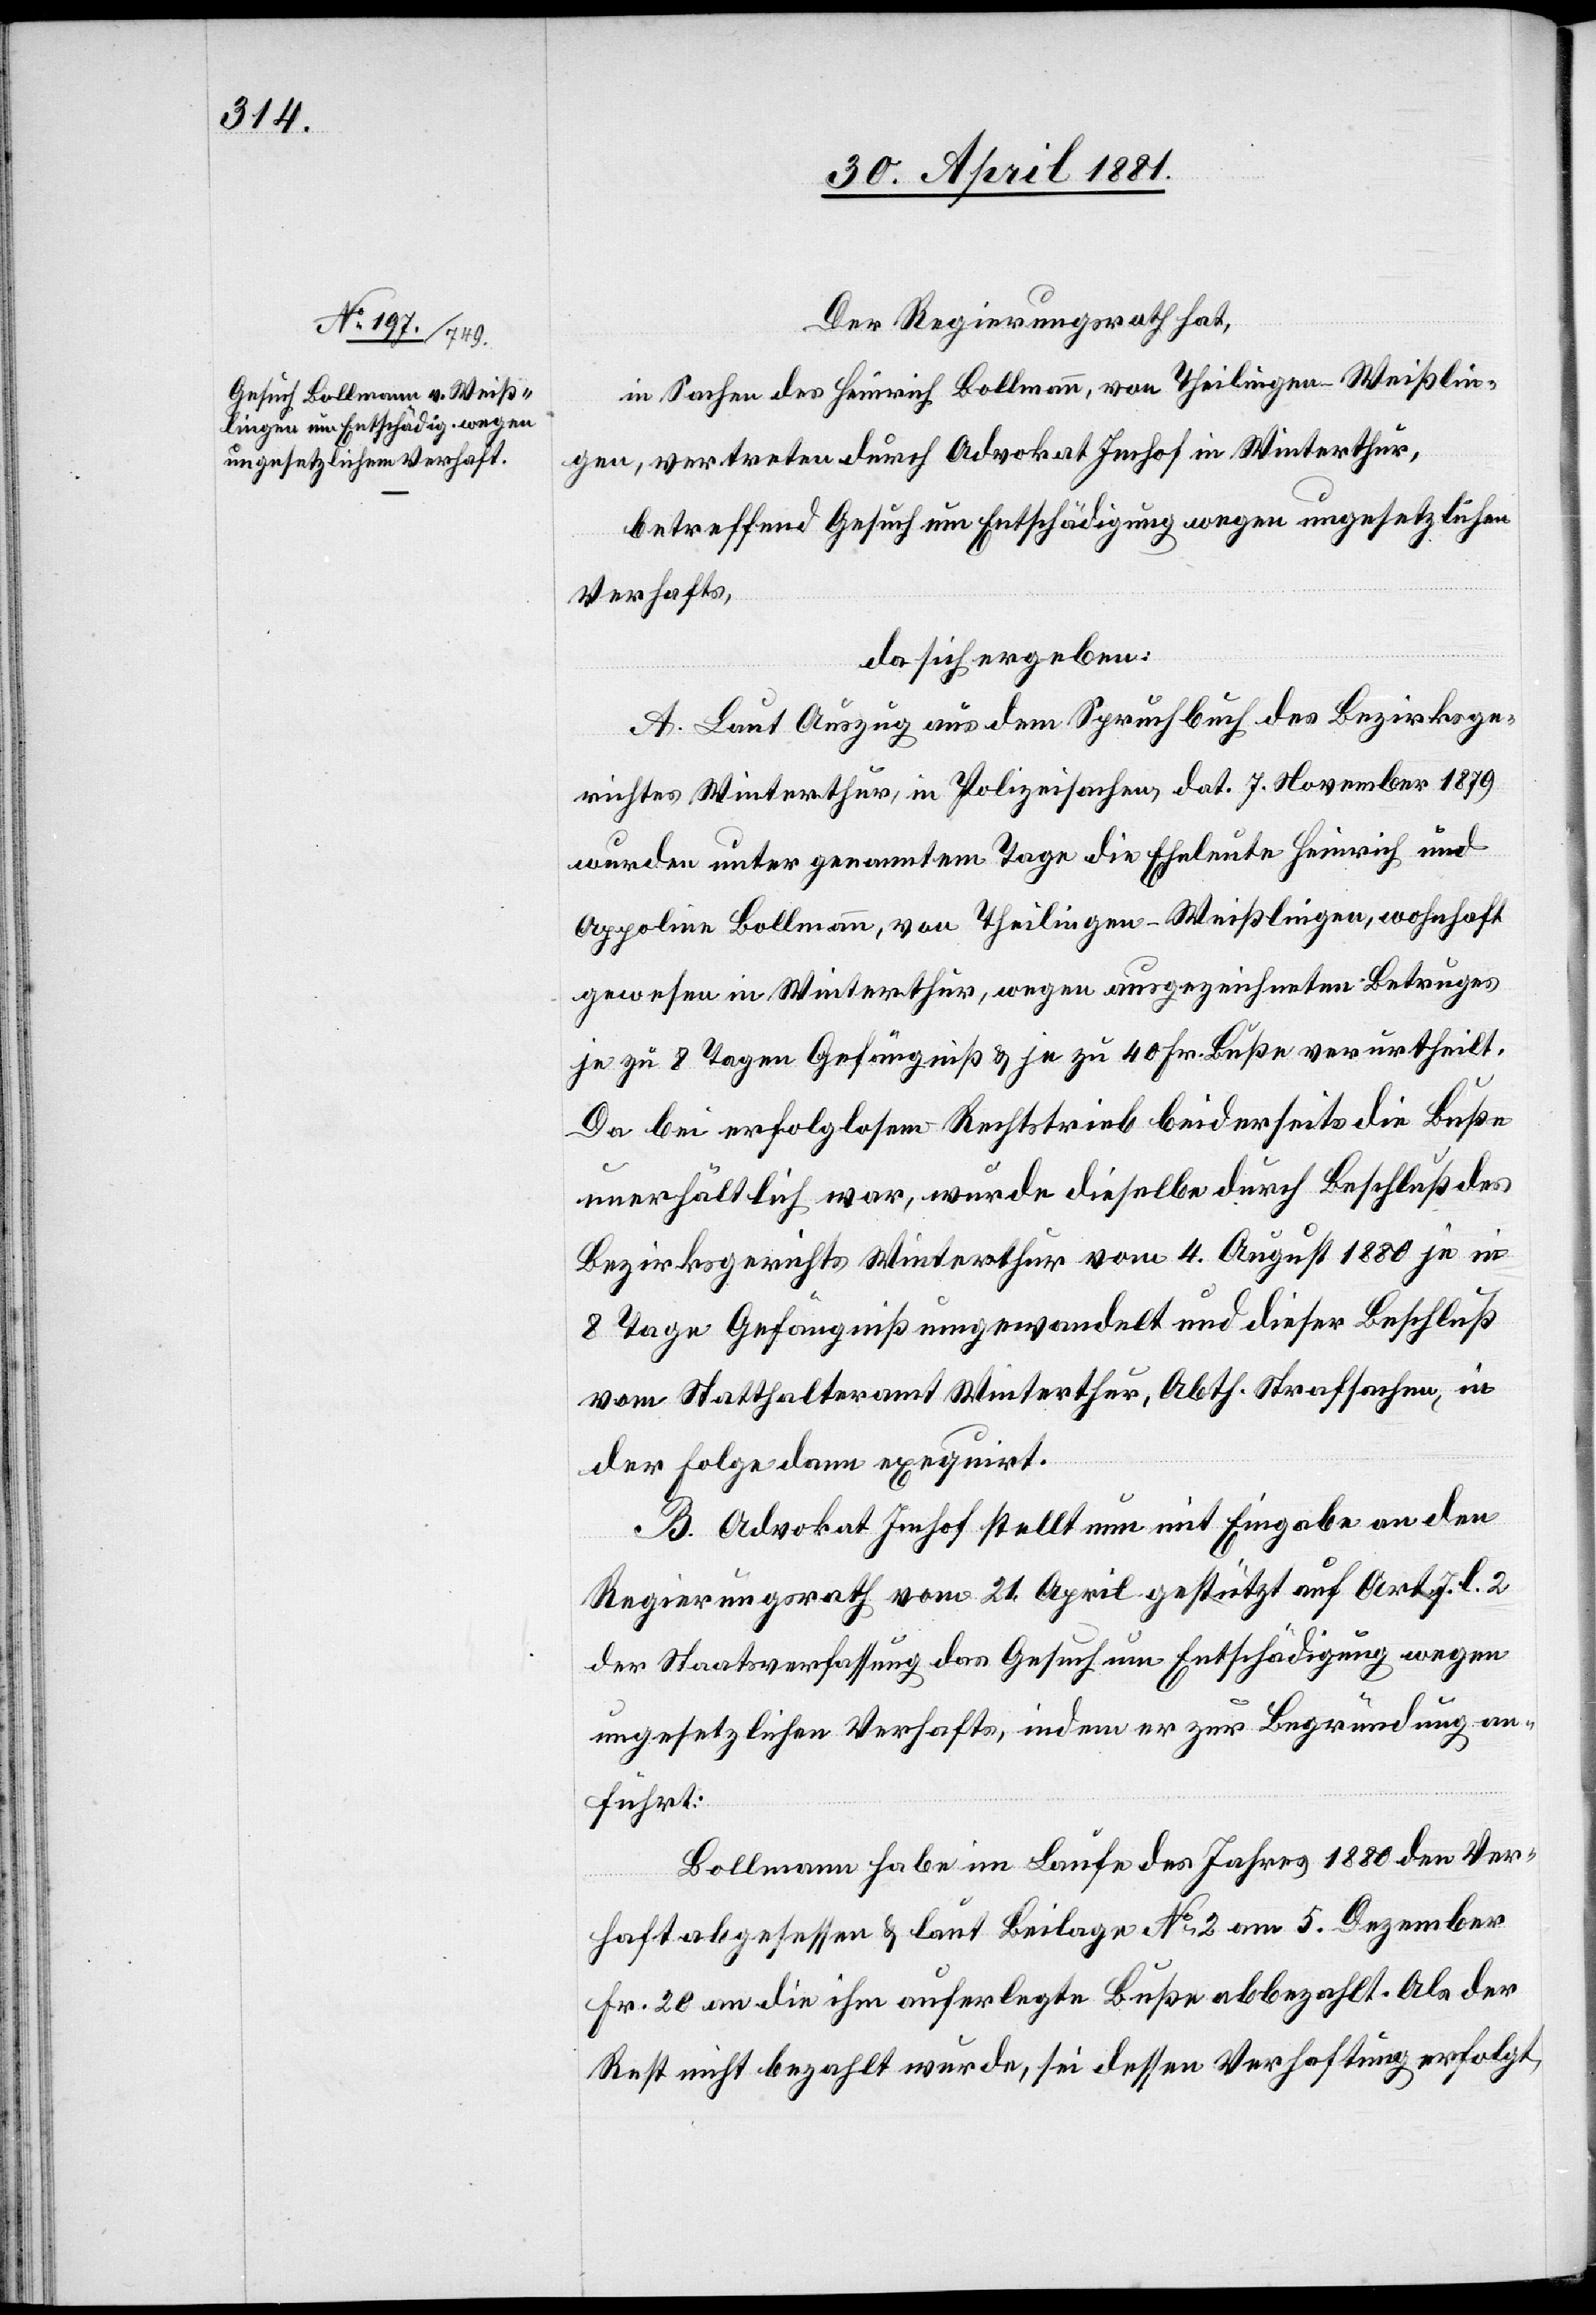
Der Regierungsrath,
in Sachen des Heinrich Bollmann, von Theilingen - Weißlin¬
gen, vertreten durch Advokat Imhof in Winterthur,
betreffend Gesuch um Entschädigung wegen ungesetzlichen
Verhafts,
da sich ergeben:
A. Laut Auszug aus dem Spruchbuch des Bezirksge¬
richtes Winterthur, in Polizeisachen dat. 7. November 1879
wurden unter genanntem Tage die Eheleute Heinrich und
Appoline Bollmann, von Theilingen - Weißlingen, wohnhaft
gewesen in Winterthur, wegen ausgezeichneten Betruges
je zu 8 Tagen Gefängniß & je zu 40 Fr. Buße verurtheilt.
Da bei erfolglosem Rechtstrieb beiderseits die Buße
unerhältlich war, wurde dieselbe durch Beschluß des
Bezirksgerichts Winterthur vom 4. August 1880 je in
8 Tage Gefängniß umgewandelt und dieser Beschluß
vom Statthalteramt Winterthur, Abth. Strafsachen, in
der Folge dann exequirt.
B. Advokat Imhof stellt nun mit Eingabe an den
Regierungsrath vom 21. April gestützt auf Art. 7. l. 2
der Staatsverfassung das Gesuch um Entschädigung wegen
ungesetzlichen Verhalts, indem er zur Begründung an¬
führt:
Bollmann habe im Laufe des Jahres 1880 den Ver¬
haft abgesessen & laut Beilage No 2 am 5. Dezember
Fr. 20 an die ihm auferlegte Buße abbezahlt. Als der
Rest nicht bezahlt wurde, sei dessen Verhaftung erfolgt,